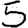
Digit: 5